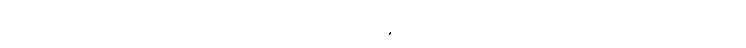
ပါးစပ်တွင်ကိုက်ထားသည့် သွားကြားထိုး တံကို နှုတ်ခမ်းထောင့် တစ်ဖက်မှ အခြားတစ်ဖက်သို့